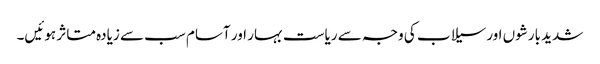
شدید بارشوں اور سیلاب کی وجہ سے ریاست بہار اور آسام سب سے زیادہ متاثر ہوئیں۔